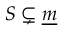
S \subsetneq { \underline { { m } } }